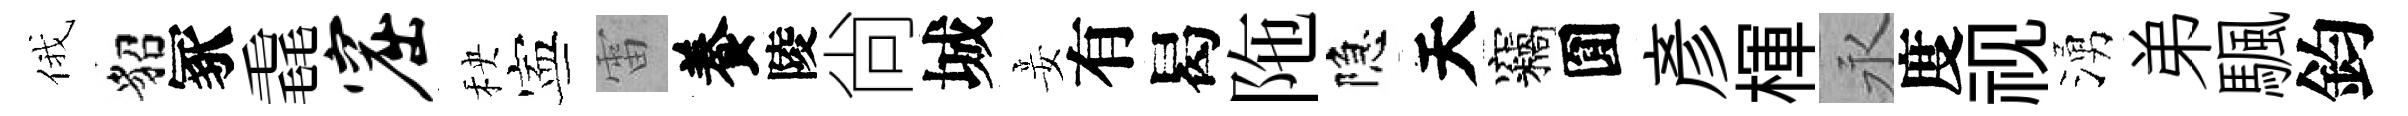
俄貂冢毳窟秧寕雷養陵尙城妾有曷陁隐天竊圎彥楎永度视湧弟颿鈞